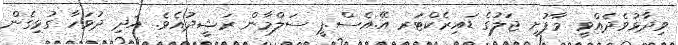
ވިދާޅުވެދެއްވީ މާފުށީ ޖަލުގެ ޑައިރެކްޓަރ އޭ.އެސް.ޕީ ސަލްމާން ރަޝީދުއެވެ. އަދި ދުވަހާ ގުޅިގެން